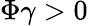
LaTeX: \Phi\gamma>0